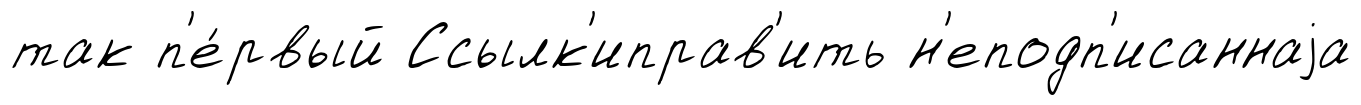
так п'е́рвый Ссылк'иправ'ить н'еподп'исаннаjа